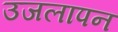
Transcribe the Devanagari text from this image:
उजलापन